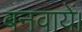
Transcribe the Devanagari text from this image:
बनवायें।